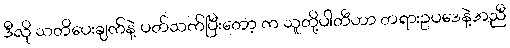
ဒီလို သတိပေးချက်နဲ့ ပတ်သက်ပြီးတော့ က သူတို့ပါတီဟာ တရားဥပဒေနဲ့အညီ